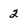
Character: 2